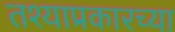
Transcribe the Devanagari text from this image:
तश्याप्रकारच्या